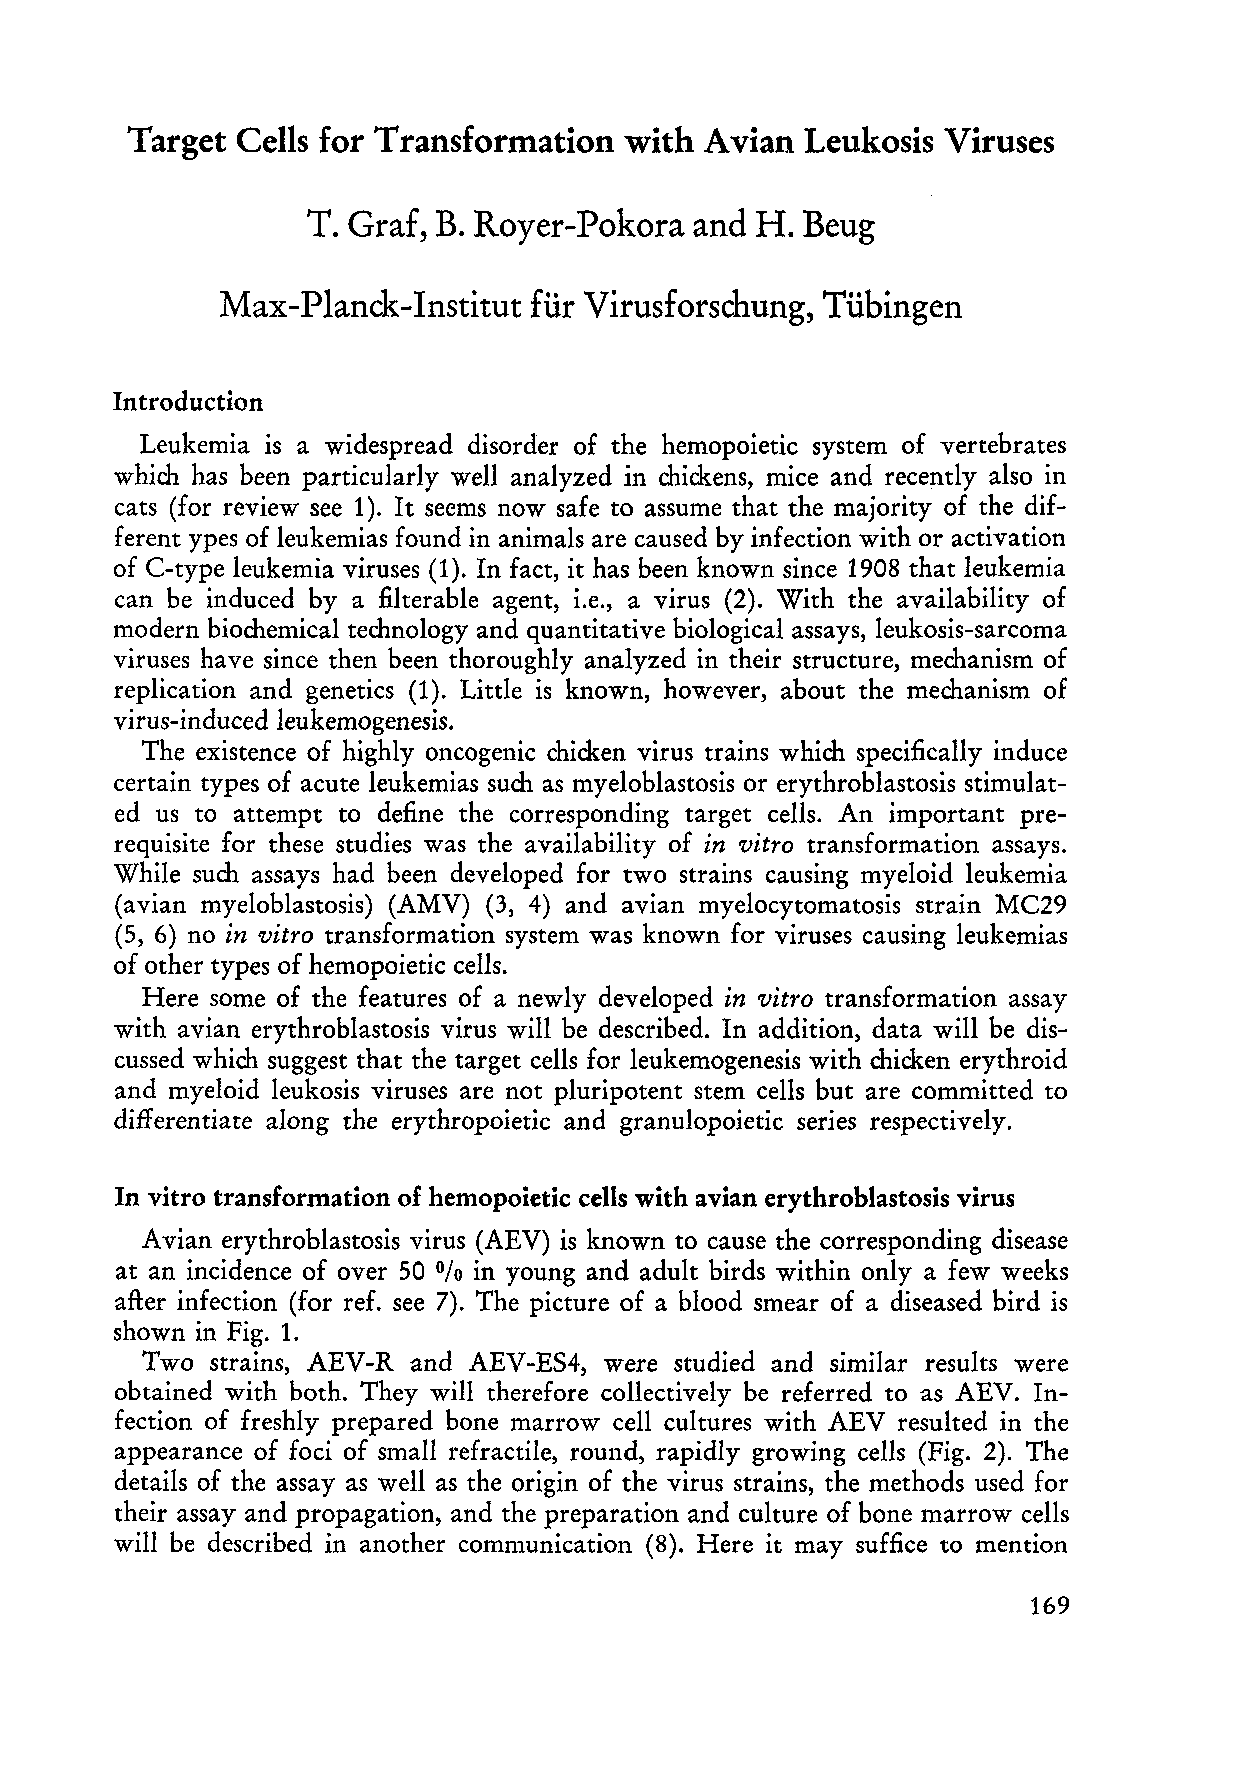
Target Cells for Transformation with  Avian Leukosis  Virus es
 T. Graf, B. Royer-Pokora  and H. Beug
 Max-Planck-Institut für Virusforschung, Tübingen
 Introduction
 Leukemia is a widespread disorder of the hemopoietic system of vertebrates
 which has been particularly well analyzed in chickens, mice and recently also in
 cats (for review see 1). It secms now safe to assume that the majority of the dif
 ferent ypes of leukemias found in animals are caused by infection with or activation
 of C-type leukemia viruses (1). In fact, it has been known since 1908 that leukemia
 can be induced by a filterable agent, i.e., a virus (2). With the availability of
 modern biochemical technology and quantitative biological assays, Ieukosis-sarcoma
 viruses have since then been thoroughly analyzed in their structure, mechanism of
 replication and genetics (1). Littie is known, however, about the mechanism of
 virus-induced leukemogenesis.
 The existence of highly oncogenic chicken virus trains which specifically induce
 certain types of acute leukemias such as myeloblastosis or erythroblastosis stimulat
 ed us to attempt to define the corresponding target cells. An important pre
 requisite for these studies was the availability of in vitro transformation assays.
 While such assays had been developed for two strains causing myeloid leukemia
 (avian myeloblastosis) (AMV) (3, 4) and avian myelocytomatosis strain MC29
 (5, 6) no in vitro transformation system was known for viruses causing leukemias
 of other types of hemopoietic cells.
 Here so me of the features of a newly developed in vitro transformation assay
 with avian erythroblastosis virus will be described. In addition, data will be dis
 cussed which suggest that the target cells for leukemogenesis with chicken erythroid
 and myeloid leukosis viruses are not pluripotent stern cells but are committed to
 differentiate along the erythropoietic and granulopoietic series respectively.
 In vitro transformation of hemopoietic cells with avian erythroblastosis virus
 A vian erythroblastosis virus (AEV) is known to cause the corresponding disease
 at an incidence of over 50 in young and adult birds within only a few weeks
 %
 after infection (for ref. see 7). The picture of a blood smear of a diseased bird is
 shown in Fig. 1.
 Two strains, AEV- Rand AEV- ES4, were studied and similar results were
 obtained with both. They will therefore eolleetively be referred to as AEV. In
 feetion of freshly prepared bone marrow cell eultures with AEV resulted in the
 appearanee of foei of small refractile, roulld, rapidly growing eells (Fig. 2). The
 details of the assay as well as the origin of the virus strains, the methods used for
 their assay and propagation, and the preparation and culture of bone marrow cells
 will be deseribed in another communication (8). Here it may suffiee to mention
 169